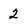
Character: 2